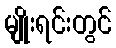
မျိုးရင်းတွင်